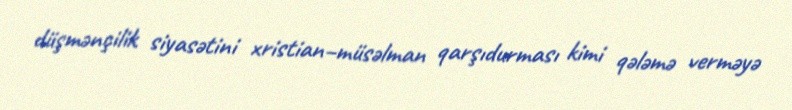
düşmənçilik siyasətini xristian–müsəlman qarşıdurması kimi qələmə verməyə